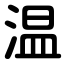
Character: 温